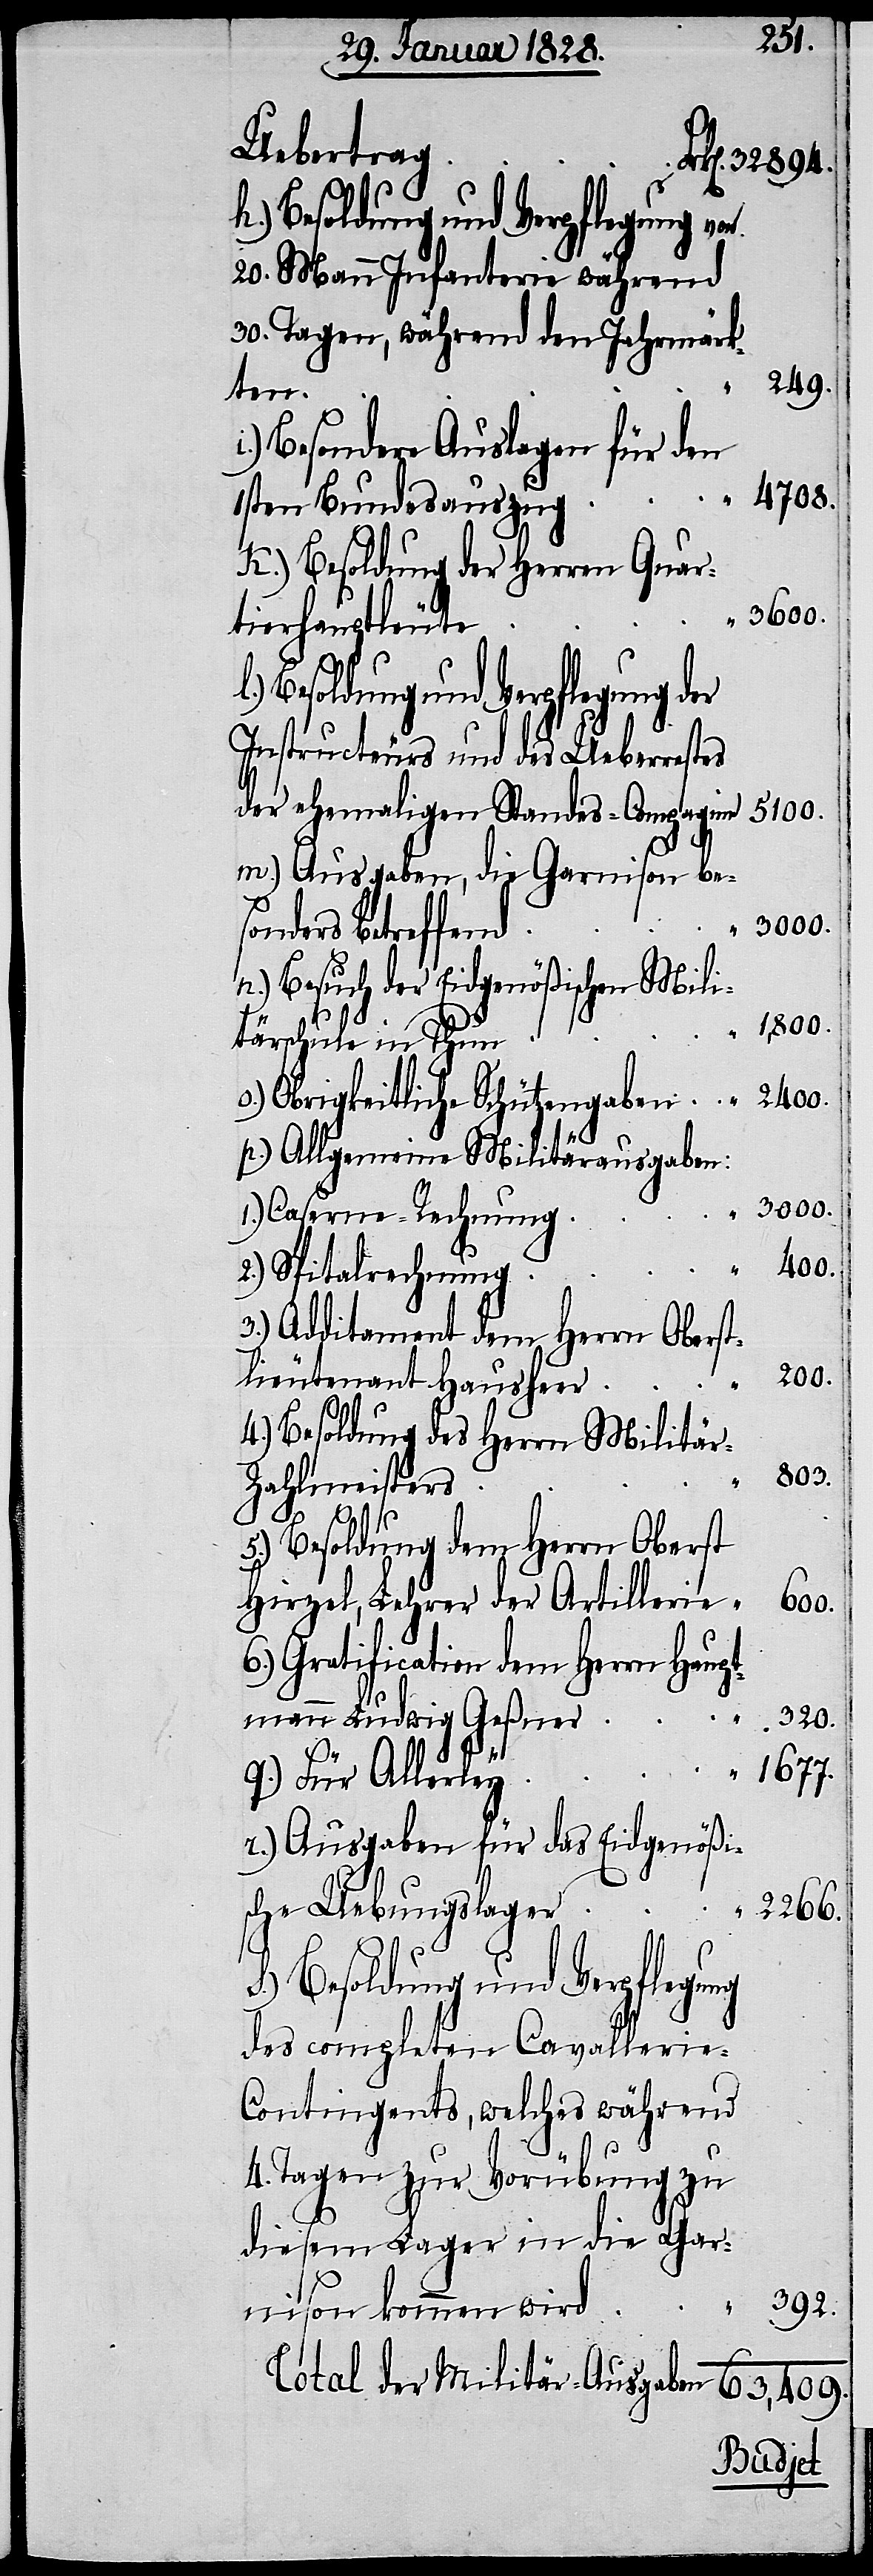
249.
Uebertrag
Besoldung und Verpflegung der
20. Mann Infanterie während
30. Tagen, während den Jahrmärk¬
ten
i.) Besondere Auslagen für den
1sten Bundesauszug
k.) Besoldung der Herren Quar¬
3600.
tierhauptleute.
Instructeurs und des Ueberrestes
der ehemaligen Standes-Compagnie
m.) Ausgaben, die Garnison bes¬
onders betreffend
n.) Besuch der Eidgenößischen Mili¬
1,800.
tärschule in Thun
2400.
Obrigkeitliche Schützengaben
p.) Allgemeine Militärausgaben:
3000.
1.) Caserne-Rechnung
400.
2.) Spitalrechnung
3.) Additament dem Herrn Oberst¬
200.
lieutenant Hausheer
4.) Besoldung des Herrn Militä¬
803.
r-Zahlmeisters
5.) Besoldung dem Herrn Oberst
Hirzel, Lehrer der Artillerie
600.
6.) Gratification dem Herrn Haupt¬
mann Ludwig Geßner.
320.
q.) Für Allerley
r.) Ausgaben für das Eidgenößis¬
che Uebungslager
s.) Besoldung und Verpflegung
des competenten Cavallerie-C¬
ontingents, welches während
4. Tagen zur Vorübung zu
diesem Lager in die Gar¬
392.
nison kommen wird
Total der Militär-Ausgaben